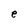
Character: e